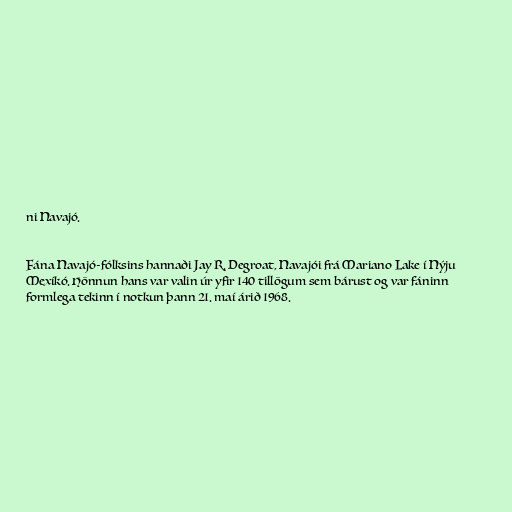
ni Navajó.

Fána Navajó-fólksins hannaði Jay R. Degroat, Navajói frá Mariano Lake í Nýju
Mexíkó. Hönnun hans var valin úr yfir 140 tillögum sem bárust og var fáninn
formlega tekinn í notkun þann 21. maí árið 1968.